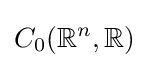
C_{0}(\mathbb {R} ^{n},\mathbb {R} )